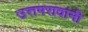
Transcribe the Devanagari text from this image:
उत्तमरावांनी